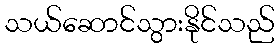
သယ်ဆောင်သွားနိုင်သည်